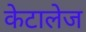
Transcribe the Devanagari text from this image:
केटालेज